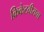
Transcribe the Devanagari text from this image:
क्रिकेटवीराचा